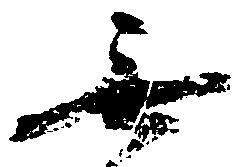
無